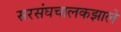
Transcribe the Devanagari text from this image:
सरसंघचालकझाले